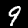
Label: 9